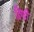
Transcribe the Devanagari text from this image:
डिग्वी